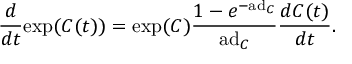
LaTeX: { \frac { d } { d t } } \mathrm { e x p } ( C ( t ) ) = \mathrm { e x p } ( C ) { \frac { 1 - e ^ { - \mathrm { a d } _ { C } } } { \mathrm { a d } _ { C } } } { \frac { d C ( t ) } { d t } } .